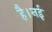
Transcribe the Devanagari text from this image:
है।नई